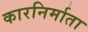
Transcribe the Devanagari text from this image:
कारनिर्माता